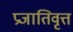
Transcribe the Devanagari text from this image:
प्रजातिवृत्त